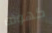
كهوف